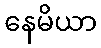
နေမိယာ